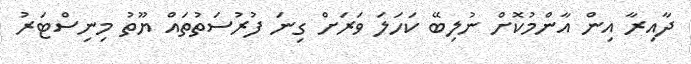
ދާއިރާ އިން އާންމުކޮށް ނުލިބޭ ކަހަލަ ވަރަށް ގިނަ ފުރުސަތުތައް ޔޫތު މިނިސްޓަރު